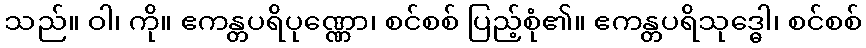
သည်။ ဝါ၊ ကို။ ဧကန္တပရိပုဏ္ဏော၊ စင်စစ် ပြည့်စုံ၏။ ဧကန္တပရိသုဒ္ဓေါ၊ စင်စစ်